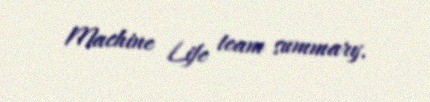
Machine Life team summary.